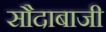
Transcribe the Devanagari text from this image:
सौदाबाजी